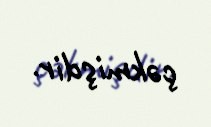
çəkmişdir.